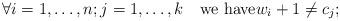
LaTeX: \begin{align*}\forall i=1,\ldots,n; j=1,\ldots ,k \quad\mbox{we have}w_i+1 \ne c_j;\end{align*}